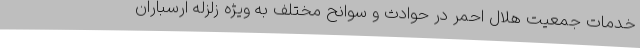
خدمات جمعیت هلال احمر در حوادث و سوانح مختلف به ویژه زلزله ارسباران